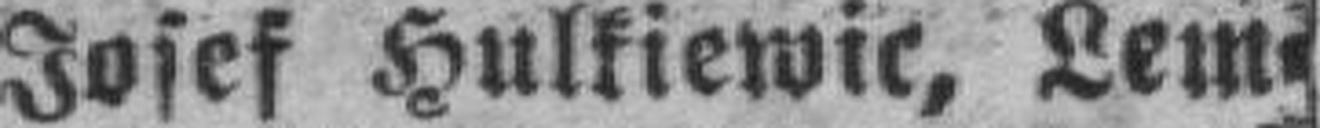
Josef Hulkiewic, Lem¬